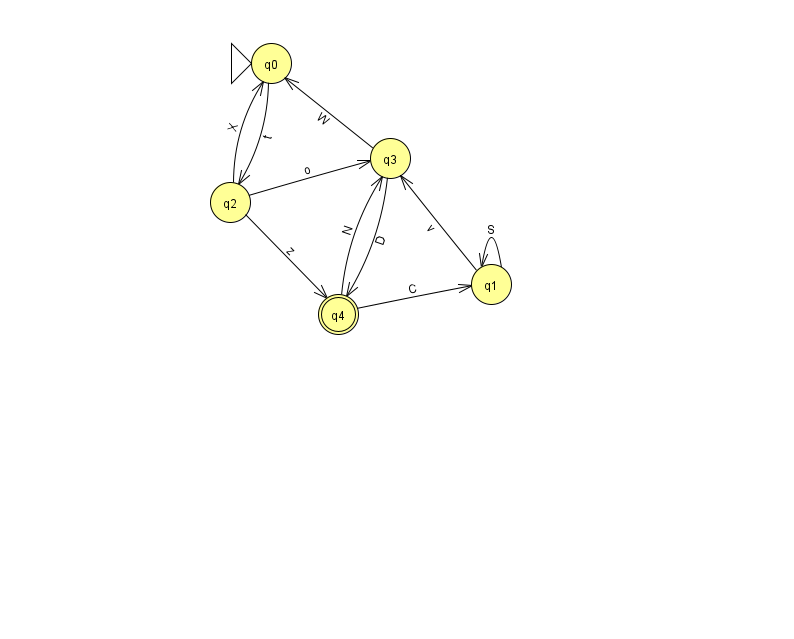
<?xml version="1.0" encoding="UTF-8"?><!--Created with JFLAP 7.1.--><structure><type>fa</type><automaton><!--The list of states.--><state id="0" name="q0"><x>271.0</x><y>50.0</y><initial/></state><state id="1" name="q1"><x>491.0</x><y>271.0</y></state><state id="2" name="q2"><x>230.0</x><y>189.0</y></state><state id="3" name="q3"><x>390.0</x><y>145.0</y></state><state id="4" name="q4"><x>338.0</x><y>301.0</y><final/></state><!--The list of transitions.--><transition><from>3</from><to>4</to><read>D</read></transition><transition><from>1</from><to>1</to><read>S</read></transition><transition><from>2</from><to>0</to><read>X</read></transition><transition><from>3</from><to>0</to><read>W</read></transition><transition><from>4</from><to>3</to><read>N</read></transition><transition><from>0</from><to>2</to><read>t</read></transition><transition><from>2</from><to>4</to><read>z</read></transition><transition><from>4</from><to>1</to><read>C</read></transition><transition><from>1</from><to>3</to><read>v</read></transition><transition><from>2</from><to>3</to><read>o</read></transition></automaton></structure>